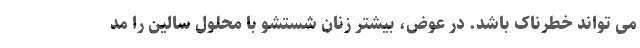
می تواند خطرناک باشد. در عوض، بیشتر زنان شستشو با محلول سالین را مد